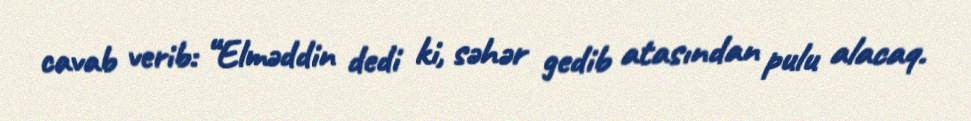
cavab verib: “Elməddin dedi ki, səhər gedib atasından pulu alacaq.